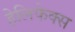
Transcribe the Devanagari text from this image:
हेलिफेक्स